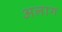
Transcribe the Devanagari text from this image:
अलाग